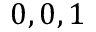
0 , 0 , 1